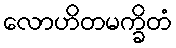
လောဟိတမက္ခိတံ